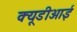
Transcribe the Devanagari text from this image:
क्यूडीआई